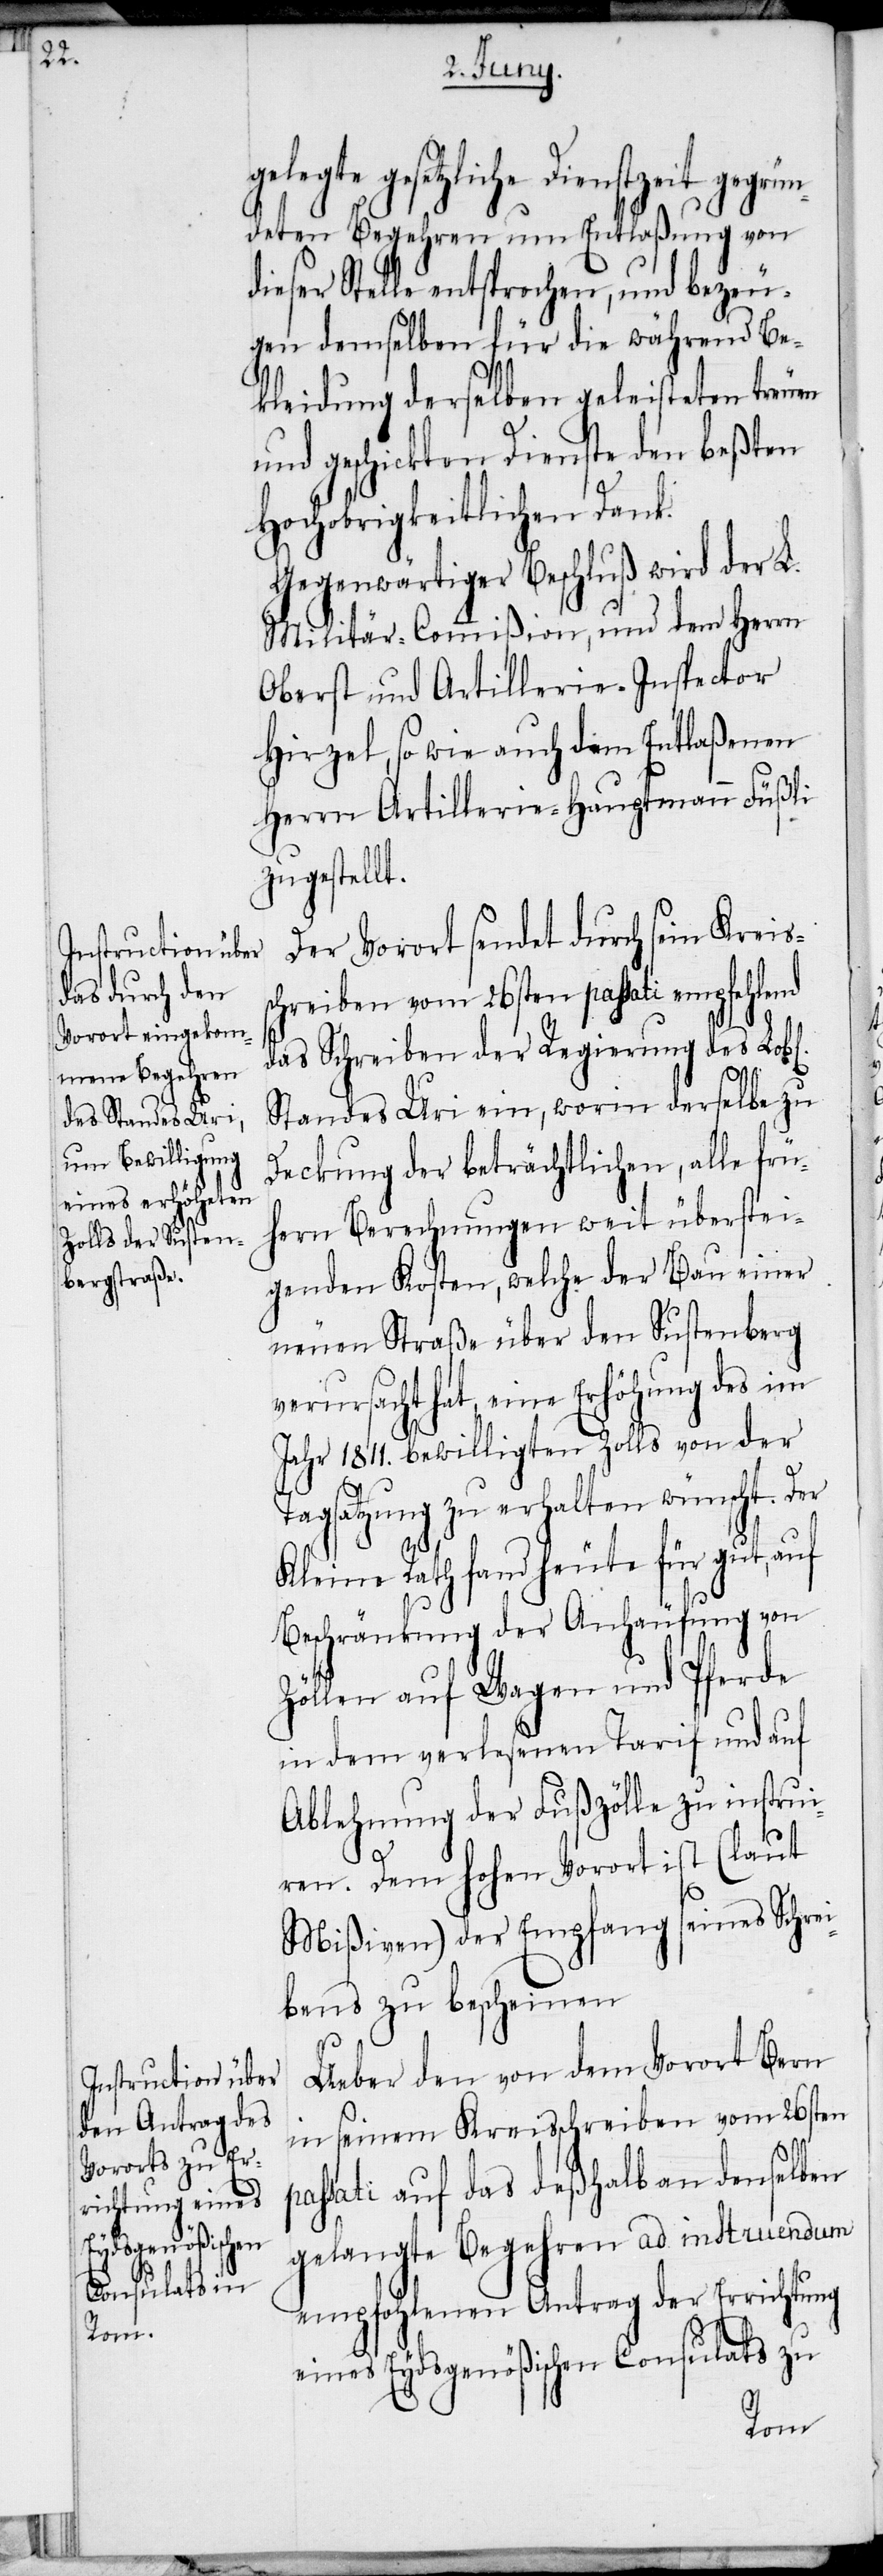
ve¬

chen]

gesetzliche Dienstzeit geg¬
deten Begehren um Entlaßung von
dieser Stelle entsprochen, und bezeu¬
gen demselben für die während Be¬
kleidung derselben geleisteten treuen
und geschickten Dienste den beßten
Hochobrigkeitlichen Dank.
Gegenwärtiger Beschluß wird der L.
Militär-Commißion, und dem Herrn
Oberst und Artillerie-Inspector
Hirzel, so wie auch dem Entlaßenen
Herrn Artillerie-Hauptmann Füßli
zugestellt.
Der Vorort sendet durch sein Kreis¬
chreiben vom 26sten passati empfehlend
das Schreiben der Regierung des Lob¬
Standes Uri ein, worin derselbe zu
Deckung der beträchtlichen, alle frü¬
hern Berechnungen weit überstei¬
genden Kosten, welche der Bau einer
neuen Straße über den Sustenberg
rursacht hat, eine Erhöhung des im
Jahr 1811. bewilligten Zolls von der
Tagsatzung zu erhalten wünscht. Der
Kleine Rath fand heute für gut, auf
Beschränkung der Anhäufung von
Zöllen auf Wagen und Pferde
in dem verlesenen Tarif und auf
Ablehnung der Fußzölle zu instrui¬
ren. Dem hohen Vorort ist (laut
Mißiven) der Empfang seines Schrei¬
bens zu bescheinen.
Ueber den von dem Vorort Bern
in seinem Kreisschreiben vom 26sten
l[i¬
passati auf das deßhalb an denselben
gelangte Begehren ad instruendum
empfohlenen Antrag der Errichtung
eines Eydsgenößischen Consulats zu